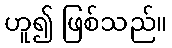
ဟူ၍ ဖြစ်သည်။